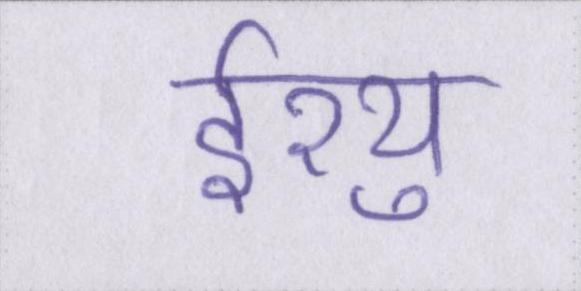
ईश्यु